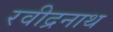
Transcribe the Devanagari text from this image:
रवीद्रनाथ